Bulletin of the Pasteur Institute of Southern India, Coonoor - No. 1.
Year: 1908
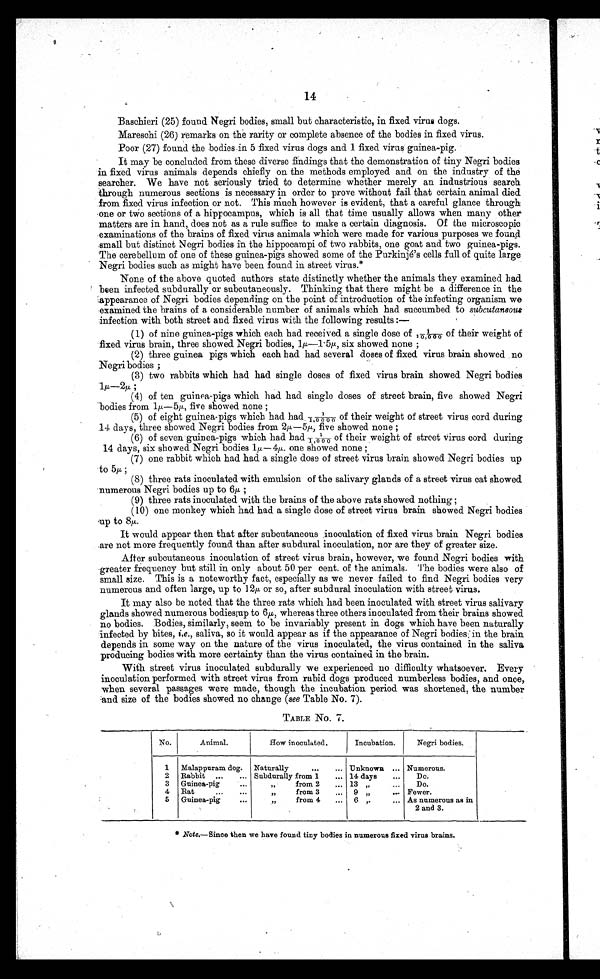
14
Baschieri (25) found Negri bodies, small but characteristic, in fixed virus dogs.
Mareschi (26) remarks on the rarity or complete absence of the bodies in fixed virus.
Poor (27) found the bodies in 5 fixed virus dogs and 1 fixed virus guinea-pig.
It may be concluded from these diverse findings that the demonstration of tiny Negri bodies
in fixed virus animals depends chiefly on the methods employed and. on the industry of the
searcher. We have not seriously tried to determine whether merely an industrious search
through numerous sections is necessary in order to prove without fail that certain animal died
from fixed virus infection or not. This much however is evident, that a careful glance through
one or two sections of a hippocampus, which is all that time usually allows when many other
matters are in hand, does nob as a rule suffice to make a certain diagnosis. Of the microscopic
examinations of the brains of fixed virus animals which were made for various purposes we found
.small but distinct Negri bodies in the hippocampi of two rabbits, one goat and two guinea-pigs.
The cerebellum of one of these guinea-pigs showed some of the Purkinje's cells full of quite large
Negri bodies such as might have been found in street virus.*
None of the above quoted authors state distinctly whether the animals they examined had
been infected subdurally or subcutaneously. Thinking that there might be a difference in the
:appearance of Negri bodies depending on the point of introduction of the infecting organism we
examined the brains of a considerable number of animals which had succumbed to subcutaneous
infection with both street and fixed virus with the following results :—
(1) of nine guinea-pigs which each had received a single dose of
of their weight of
fixed virus brain, three showed Negri bodies, 1µ—1.5µ, six showed none ;
(2) three guinea pigs which each had had several doses of fixed virus brain showed no
Negri bodies ;
(3) two rabbits which had had single doses of fixed virus brain showed Negri bodies
1µ-2µ;
(4) of ten guinea-pigs which had had single doses of street brain, five showed Negri
-bodies from 1µ — 5µ five showed none ;
(5) of eight guinea-pigs which had had
1/1,0000 of their weight of street virus cord during
14 days, three showed Negri bodies from 2µ—5µ five showed none ;
(6) of seven guinea-pigs which had had 1/1,0000 of their weight of street virus cord during
14 days, six showed Negri bodies 1µ — 4µ one showed none ;
(7) one rabbit which had had a single dose of street virus brain showed. Negri bodies up
to 5µ;
(8) three rats inoculated with emulsion of the salivary glands of a street virus cat showed.
numerous Negri bodies up to 6µ ;
(9) three rats inoculated with the brains of the above rats showed nothing ;
(10) one monkey which had had a single dose of street virus brain showed Negri bodies
lip to 8µ.
It would appear then that after subcutaneous inoculation of fixed virus brain Negri bodies
.are not more frequently found than after subdural inoculation, nor are they of greater size.
After subcutaneous inoculation of street virus brain, however, we found Negri bodies with
greater frequency but still in only about 50 per cent. of the animals. The bodies were also of
small size. This is a noteworthy fact, especially as we never failed to find Negri bodies very
numerous and often large, up to 12µ or so, after subdural inoculation with street virus.
It may also be noted that the three rats which had been inoculated with street virus salivary
glands showed numerous bodies up to 6µ whereas three others inoculated from their brains showed
no bodies. Bodies, similarly, seem to be invariably present in dogs which have been naturally
Infected by bites, i.e., saliva, so it would appear as if the appearance of Negri bodies; in the brain
depends in some way on the nature of the virus inoculated, the virus contained in the saliva
producing bodies with more certainty than the virus contained in the brain.
With street virus inoculated subdurally we experienced no difficulty whatsoever. Every
inoculation performed with street virus from rabid dogs produced numberless bodies, and once,
when several passages were made, though the incubation period was shortened, the number
'and size of the bodies showed no change (see Table No. 7).
TABLE No. 7.
No.
Animal.
How inoculated.
Incubation.
Negri bodies.
1
Malappuram dog.
Naturally
...
... Unknown ... Numerous.
2
Rabbit ...
... Su.bdurally from 1
... 14 days
...
Do.
3
Guinea-pig
..
from 2
... 13 „
...
Do.
4
Rat
...
...
J,
from 3
,..
9 „
... Fewer.
5
Guinea-pig
...
I,
from 4
...
6 ,.
... As numerous as in
2 and 3.
* Note.—Since then we have found tiny bodies in numerous fixed virus brains.